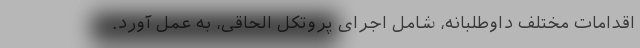
اقدامات مختلف داوطلبانه، شامل اجرای پروتکل الحاقی، به عمل آورد. ‌